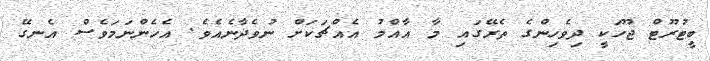
ބީޓުރޫޓް ޖޫހަކީ ދިވެހިންގެ ތެރޭގައި މާ އާއްމު އެއްޗަކަށް ނުވެދާނެއެވެ. އެހެންނަމަވެސް އެނގޭ